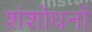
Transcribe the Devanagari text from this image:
शंशोधनों